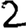
Digit: 2